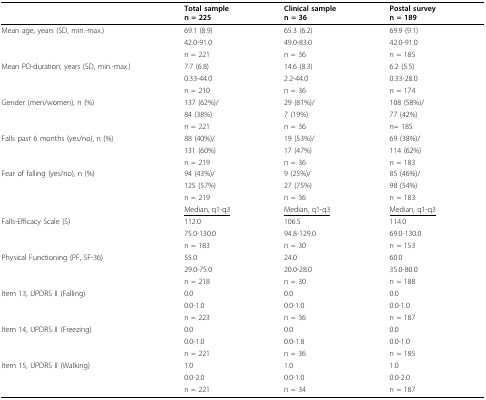
<table><thead><tr><td></td><td><b>Total samplen = 225</b></td><td><b>Clinical samplen = 36</b></td><td><b>Postal surveyn = 189</b></td></tr></thead><tbody><tr><td>Mean age, years (SD, min.-max.)</td><td>69.1 (8.9)</td><td>65.3 (6.2)</td><td>69.9 (9.1)</td></tr><tr><td></td><td>42.0-91.0</td><td>49.0-83.0</td><td>42.0-91.0</td></tr><tr><td></td><td>n = 221</td><td>n = 36</td><td>n = 185</td></tr><tr><td>Mean PD-duration, years (SD, min.-max.)</td><td>7.7 (6.8)</td><td>14.6 (8.3)</td><td>6.2 (5.5)</td></tr><tr><td></td><td>0.33-44.0</td><td>2.2-44.0</td><td>0.33-28.0</td></tr><tr><td></td><td>n = 210</td><td>n = 36</td><td>n = 174</td></tr><tr><td>Gender (men/women), n (%)</td><td>137 (62%)/</td><td>29 (81%)/</td><td>108 (58%)/</td></tr><tr><td></td><td>84 (38%)</td><td>7 (19%)</td><td>77 (42%)</td></tr><tr><td></td><td>n = 221</td><td>n = 36</td><td>n= 185</td></tr><tr><td>Falls past 6 months (yes/no), n (%)</td><td>88 (40%)/</td><td>19 (53%)/</td><td>69 (38%)/</td></tr><tr><td></td><td>131 (60%)</td><td>17 (47%)</td><td>114 (62%)</td></tr><tr><td></td><td>n = 219</td><td>n = 36</td><td>n = 183</td></tr><tr><td>Fear of falling (yes/no), n (%)</td><td>94 (43%)/</td><td>9 (25%)/</td><td>85 (46%)/</td></tr><tr><td></td><td>125 (57%)</td><td>27 (75%)</td><td>98 (54%)</td></tr><tr><td></td><td>n = 219</td><td>n = 36</td><td>n = 183</td></tr><tr><td></td><td><underline>Median, q1-q3</underline></td><td><underline>Median, q1-q3</underline></td><td><underline>Median, q1-q3</underline></td></tr><tr><td>Falls-Efficacy Scale (S)</td><td>112.0</td><td>106.5</td><td>114.0</td></tr><tr><td></td><td>75.0-130.0</td><td>94.8-129.0</td><td>69.0-130.0</td></tr><tr><td></td><td>n = 183</td><td>n = 30</td><td>n = 153</td></tr><tr><td>Physical Functioning (PF, SF-36)</td><td>55.0</td><td>24.0</td><td>60.0</td></tr><tr><td></td><td>29.0-75.0</td><td>20.0-28.0</td><td>35.0-80.0</td></tr><tr><td></td><td>n = 218</td><td>n = 30</td><td>n = 188</td></tr><tr><td>Item 13, UPDRS II (Falling)</td><td>0.0</td><td>0.0</td><td>0.0</td></tr><tr><td></td><td>0.0-1.0</td><td>0.0-1.0</td><td>0.0-1.0</td></tr><tr><td></td><td>n = 223</td><td>n = 36</td><td>n = 187</td></tr><tr><td>Item 14, UPDRS II (Freezing)</td><td>0.0</td><td>0.0</td><td>0.0</td></tr><tr><td></td><td>0.0-1.0</td><td>0.0-1.8</td><td>0.0-1.0</td></tr><tr><td></td><td>n = 221</td><td>n = 36</td><td>n = 185</td></tr><tr><td>Item 15, UPDRS II (Walking)</td><td>1.0</td><td>1.0</td><td>1.0</td></tr><tr><td></td><td>0.0-2.0</td><td>0.0-1.0</td><td>0.0-2.0</td></tr><tr><td></td><td>n = 221</td><td>n = 34</td><td>n = 187</td></tr></tbody></table>